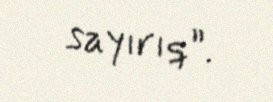
sayırıq”.